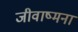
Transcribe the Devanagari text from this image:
जीवाष्मना